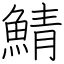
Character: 鯖